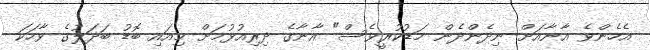
އެހެންވެ އާނާއަށް ނިދެންދެން މަޑުކުރީވެސް" އާނާގެ ދިރިއުޅުމަށް މިއައި ބޮޑު ބަދަލުގެ ވާހަކަ